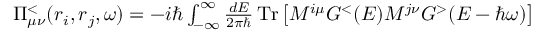
\begin{array} { r } { \Pi _ { \mu \nu } ^ { < } ( \boldsymbol { r } _ { i } , \boldsymbol { r } _ { j } , \omega ) = - i \hbar \int _ { - \infty } ^ { \infty } \frac { d E } { 2 \pi \hbar } \operatorname { T r } \left[ M ^ { i \mu } G ^ { < } ( E ) M ^ { j \nu } G ^ { > } ( E - \hbar \omega ) \right] } \end{array}